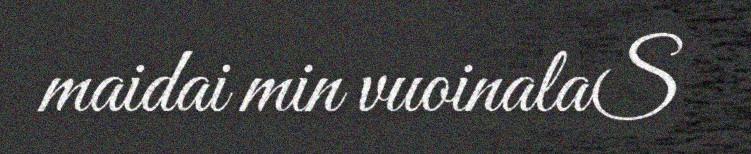
maidai min vuoinalaS